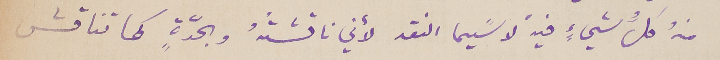
منهُ كلُّ شيءٍ فيهْ لا سًيما النقد لأني ناقشتُهُ وبحدَّةٍ كما تناقش